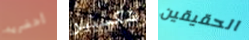
أحضريه شكسبير الحقيقين